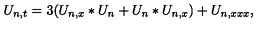
U _ { n , t } = 3 ( U _ { n , x } \ast U _ { n } + U _ { n } \ast U _ { n , x } ) + U _ { n , x x x } ,